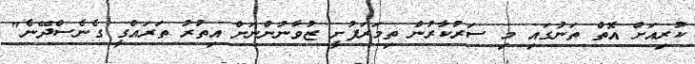
ކުރިއަށް އޮތް ތަނުގައި މި ސަރުކާރުން ތިމަރަފުށީ ޒުވާނުންނަށް އިތުރު ތަރައްގީ ގެނެސްދޭނެ"